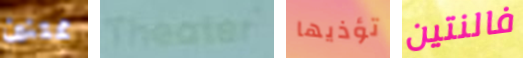
ممتنين Theater تؤذيها فالنتين